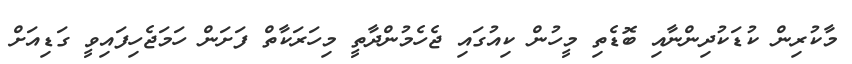
މާކުރިން ކުޑަކުދިންނާއި ބޮޑެތި މީހުން ކިއުގައި ޖެހެމުންދާތީ މިހަރަކާތް ފަށަން ހަމަޖެހިފައިވީ ގަޑިއަށް